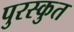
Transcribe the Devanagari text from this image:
पुरस्कुत